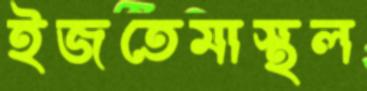
ইজতেমাস্থল